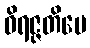
ဝိရဇ္ဇတိပေ